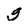
Character: g